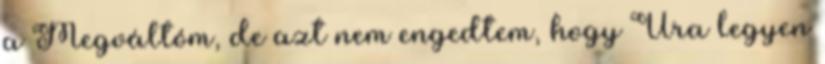
a Megváltóm, de azt nem engedtem, hogy Ura legyen